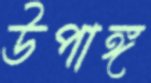
উপাঙ্গ